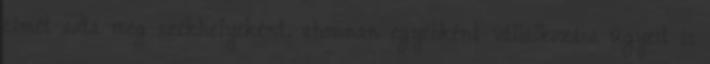
címét adta meg székhelyeként, ahonnan egyébként vállalkozása ügyeit is